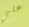
علي